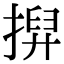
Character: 𢱲